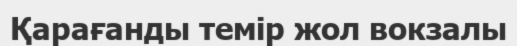
Қарағанды темір жол вокзалы